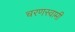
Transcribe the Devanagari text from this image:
चरणस्वामी